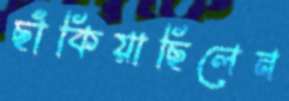
ছাঁকিয়াছিলেন